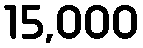
15,000